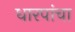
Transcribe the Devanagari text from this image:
धारपांचा